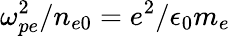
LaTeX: \omega_{pe}^{2}/n_{e0}=e^{2}/\epsilon_{0}m_{e}